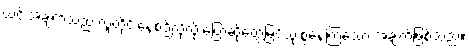
ယင်းအချက်သည် လူတိုင်းနေ့စဉ်လိုလို ပြောဆိုတွေ့မြင်သုံးစွဲနေကြသော အချက်ဖြစ်သည်။